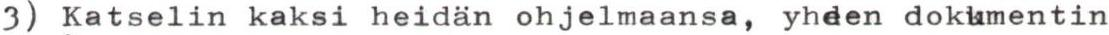
3) Katselin kaksi heidän ohjelmaansa, yhden dokumentin